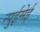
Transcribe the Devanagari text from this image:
न्पुईमेई